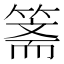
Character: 𱸘